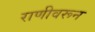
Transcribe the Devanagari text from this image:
राणीवरून